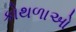
કોથળાઓ